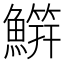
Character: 𬵭